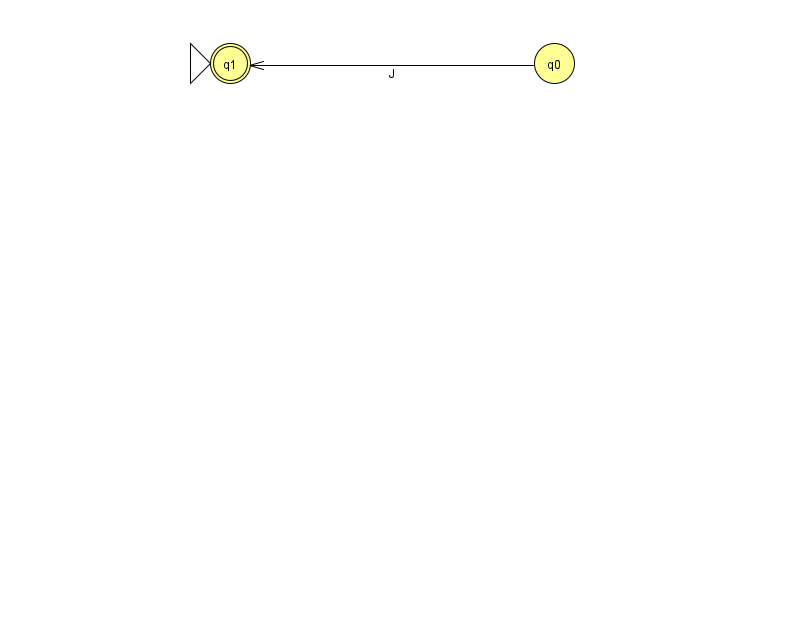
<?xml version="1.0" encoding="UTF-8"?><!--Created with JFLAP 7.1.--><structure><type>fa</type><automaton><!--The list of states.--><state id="0" name="q0"><x>554.0</x><y>50.0</y></state><state id="1" name="q1"><x>230.0</x><y>50.0</y><initial/><final/></state><!--The list of transitions.--><transition><from>0</from><to>1</to><read>J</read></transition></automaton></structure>